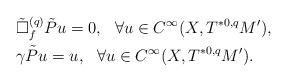
LaTeX: \begin{align*}&\tilde\Box^{(q)}_f\tilde Pu=0,\ \ \forall u\in C^\infty(X, T^{*0,q}M'),\\&\gamma\tilde Pu=u,\ \ \forall u\in C^\infty(X, T^{*0,q}M').\end{align*}